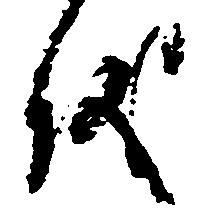
儀